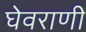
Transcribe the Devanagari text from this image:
घेवराणी